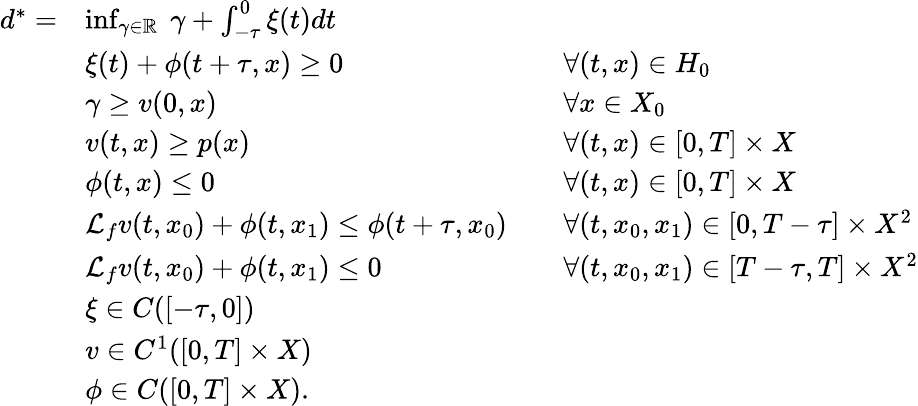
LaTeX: \begin{array}{rlrl}{d^{*}=}&{\operatorname*{inf}_{\gamma\in\mathbb{R}}\ \gamma+\int_{-\tau}^{0}\xi(t)dt}\\ &{\xi(t)+\phi(t+\tau,x)\geq 0}&&{\forall(t,x)\in H_{0}}\\ &{\gamma\geq v(0,x)}&&{\forall x\in X_{0}}\\ &{v(t,x)\geq p(x)}&&{\forall(t,x)\in[0,T]\times X}\\ &{\phi(t,x)\leq 0}&&{\forall(t,x)\in[0,T]\times X}\\ &{\mathcal{L}_{f}v(t,x_{0})+\phi(t,x_{1})\leq\phi(t+\tau,x_{0})}&&{\forall(t,x_{0},x_{1})\in[0,T-\tau]\times X^{2}}\\ &{\mathcal{L}_{f}v(t,x_{0})+\phi(t,x_{1})\leq 0}&&{\forall(t,x_{0},x_{1})\in[T-\tau,T]\times X^{2}}\\ &{\xi\in C([-\tau,0])}\\ &{v\in C^{1}([0,T]\times X)}\\ &{\phi\in C([0,T]\times X).}\end{array}